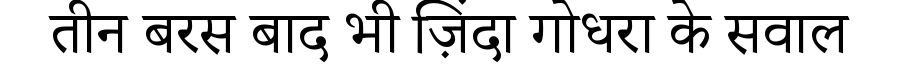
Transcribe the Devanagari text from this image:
तीन बरस बाद भी ज़िंदा गोधरा के सवाल